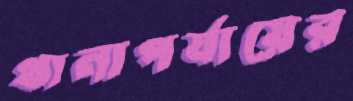
থানাপর্যায়ের